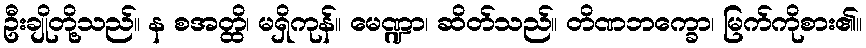
ဦးချိုတို့သည်။ န စအတ္ထိ၊ မရှိကုန်။ မေဏ္ဍာ၊ ဆိတ်သည်။ တိဏဘက္ခော၊ မြက်ကိုစား၏။